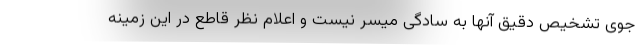
جوی تشخیص دقیق آنها به سادگی میسر نیست و اعلام نظر قاطع در این زمینه